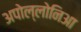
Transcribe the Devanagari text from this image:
अपोल्लोनिआ